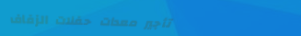
تأجير معدات حفلات الزفاف